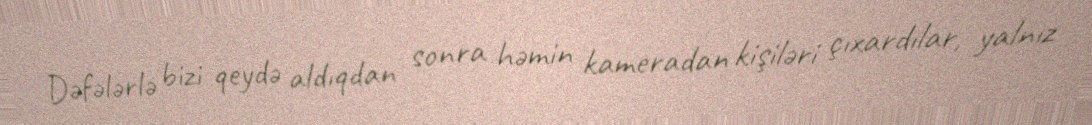
Dəfələrlə bizi qeydə aldıqdan sonra həmin kameradan kişiləri çıxardılar, yalnız